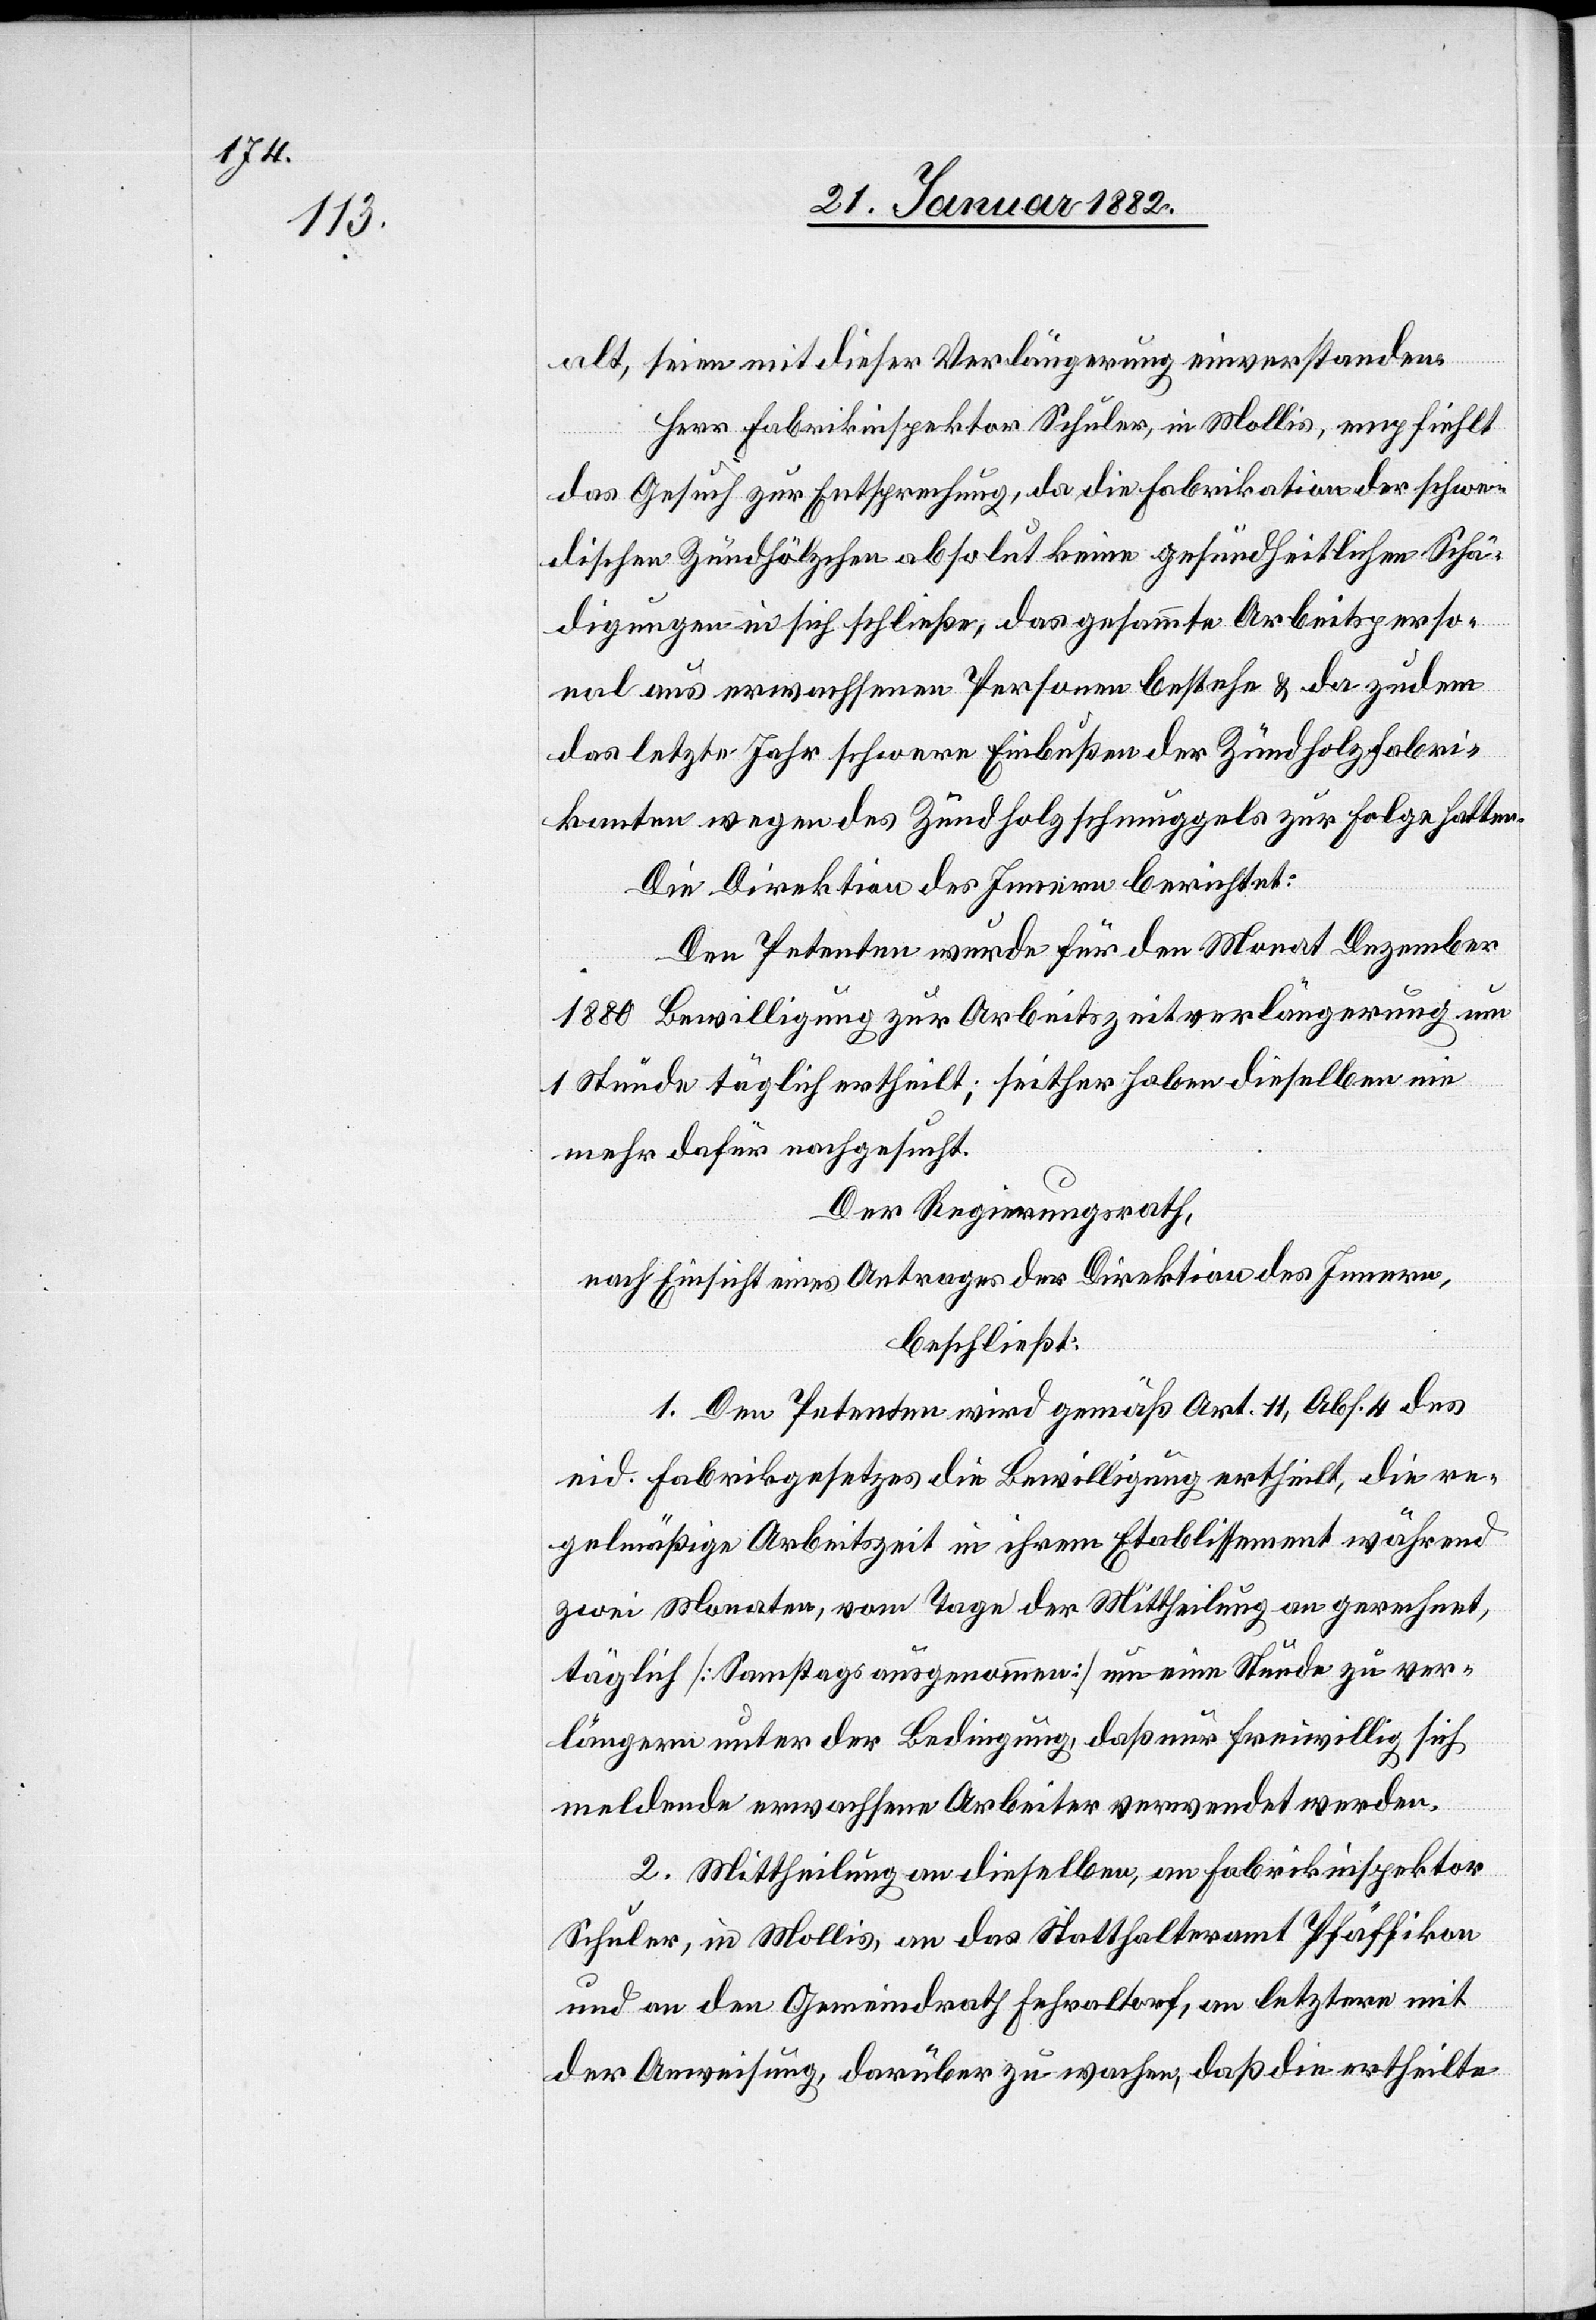
alt, seinen mit dieser Verlängerung einverstanden.
Herr Fabrikinspektor Schuler, in Mollis, empfiehlt
das Gesuch zur Entsprechung, da die Fabrikation der schwe¬
dischen Zündhölzchen absolut keine gesundheitlichen Schä¬
digungen in sich schließe, das gesammte Arbeitsperso¬
nal aus erwachsenen Personen besteht & da zudem
das letzte Jahr schwere Einbußen der Zündholzfabri¬
katur wegen des Zündholzschmuggels zur Folge hatte.
Die Direktion des Innern berichtet:
Den Petenten wurde für den Monat Dezember
1880 Bewilligung zur Arbeitszeitverlängerung um
1 Stunde täglich ertheilt; seither haben dieselben ein
mehr dafür nachgesucht.
Der Regierungsrath,
nach Einsicht eines Antrages der Direktion des Innern,
beschließt:
1. Dem Petenten wird gemäß Art. 11, Abs. 4 des
eid. Fabrikgesetzes die Bewilligung ertheilt, die re¬
gelmäßige Arbeitszeit in ihrem Etablissement während
zwei Monaten, vom Tage der Mittheilung an gerechnet,
täglich [Samstags ausgenommen] um eine Stunde zu ver¬
längern unter der Bedingung, daß nur freiwillig sich
meldende erwachsene Arbeiter verwendet werden.
2. Mittheilung an dieselben, an Fabrikinspektor
Schuler, in Mollis, an das Statthalteramt Pfäffikon
und an den Gemeindrath Fehraltorf, an letztern mit
der Anweisung, darüber zu wachen, daß die ertheilte